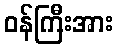
ဝန်ကြီးအား